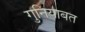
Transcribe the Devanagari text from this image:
गुनियाबत